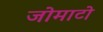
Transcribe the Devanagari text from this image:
जोमाटो